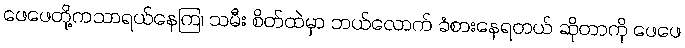
ဖေဖေတို့ကသာရယ်နေကြ၊ သမီး စိတ်ထဲမှာ ဘယ်လောက် ခံစားနေရတယ် ဆိုတာကို ဖေဖေ